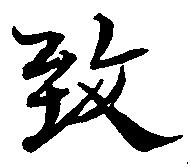
致